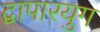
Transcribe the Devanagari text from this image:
द्वापारयुग